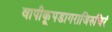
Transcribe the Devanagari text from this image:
वापीकूपडागराजिरुचिरं